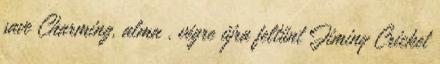
save Charming, alma , végre újra feltűnt Jiminy Cricket